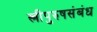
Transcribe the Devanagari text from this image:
स्त्रीपुरुषसंबंध